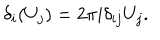
\delta _ { i } ( U _ { j } ) = 2 \pi i \delta _ { i j } U _ { j } .